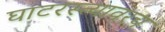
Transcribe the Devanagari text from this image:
घाटरस्त्यावरच